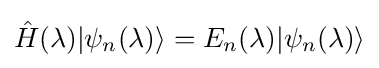
{\hat {H}}(\lambda )|\psi _{n}(\lambda )\rangle =E_{n}(\lambda )|\psi _{n}(\lambda )\rangle